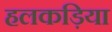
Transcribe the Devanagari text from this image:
हलकड़िया